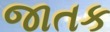
જાતક